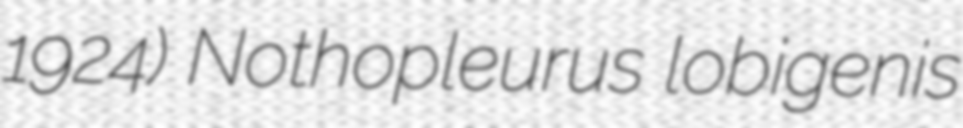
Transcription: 1924) Nothopleurus lobigenis